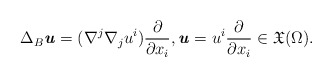
\begin{align*} \Delta_{B}\textbf{\textit{u}} =(\nabla^j \nabla_j u^i)\frac{\partial}{\partial x_i} ,\textbf{\textit{u}}=u^i \frac{\partial}{\partial x_i}\in \mathfrak{X} (\Omega).\end{align*}